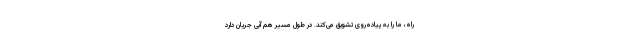
راه، ما را به پیاده‌روی تشویق می‌کند. در طول مسیر هم آبی جریان دارد